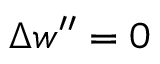
\Delta w ^ { \prime \prime } = 0